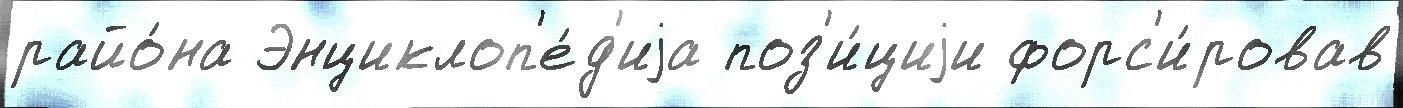
райо́на Энциклоп'е́д'иjа поз'и́циjи форс'и́ровав